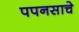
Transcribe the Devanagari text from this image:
पपनसाचे